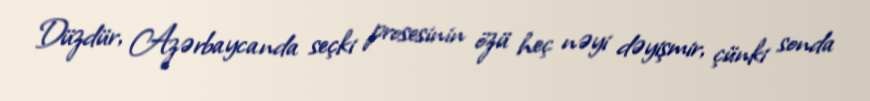
Düzdür, Azərbaycanda seçki prosesinin özü heç nəyi dəyişmir, çünki sonda